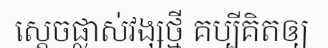
ស្តេចផ្លាស់វង្សថ្មី គប្បីគិតឲ្យ